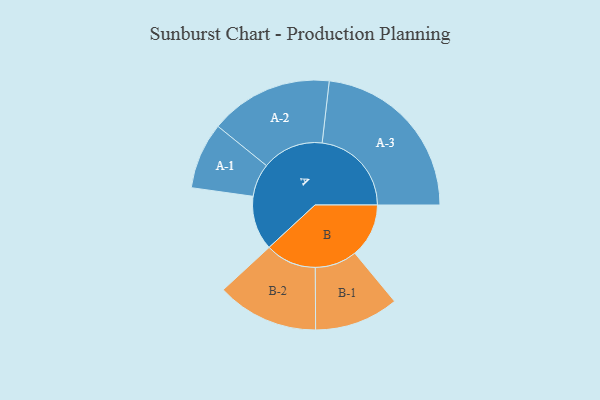
{"axis": {"x": "Segment", "y": "Value"}, "legend": ["", "A", "B"], "data": [{"x": "A", "y": 178, "type": ""}, {"x": "B", "y": 177, "type": ""}, {"x": "A-1", "y": 109, "type": "A"}, {"x": "A-2", "y": 202, "type": "A"}, {"x": "A-3", "y": 293, "type": "A"}, {"x": "B-1", "y": 138, "type": "B"}, {"x": "B-2", "y": 167, "type": "B"}]}